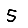
Digit: 5